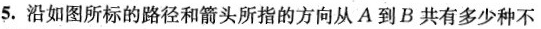
5.沿如图所标的路径和箭头所指的方向从A到B共有多少种